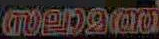
mengam